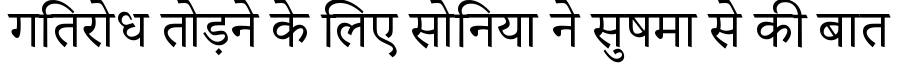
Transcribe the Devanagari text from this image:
गतिरोध तोड़ने के लिए सोनिया ने सुषमा से की बात